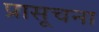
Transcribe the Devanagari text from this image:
प्रासूचना